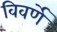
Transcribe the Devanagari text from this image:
विवर्णे